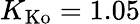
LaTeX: K_{\mathrm{Ko}}=1.05